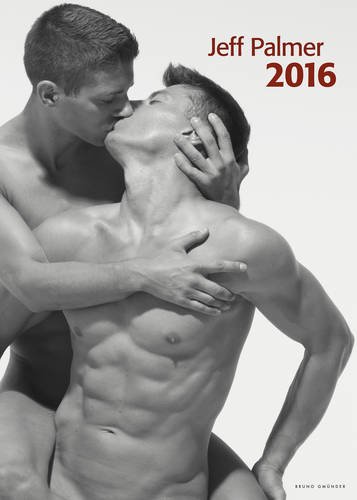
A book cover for Jeff Palmer Calendar; Arts & Photography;